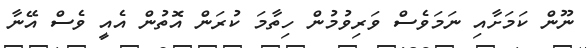
ނޫން ކަމަށާއި ނަމަވެސް ވަރިވުމުން ހިތާމަ ކުރަން އޮތުން އެއީ ވެސް އޭނާ